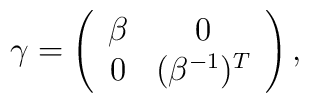
\gamma = \left( \begin{array}{cc}\beta & 0 \\0 & (\beta^{-1})^T\end{array} \right),